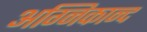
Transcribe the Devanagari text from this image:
अग्निकान्द